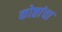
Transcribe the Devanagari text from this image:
कोष्ठांचा